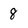
Character: 8